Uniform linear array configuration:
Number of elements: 64
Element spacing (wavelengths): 0.25
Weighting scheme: blackman
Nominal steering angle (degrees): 30
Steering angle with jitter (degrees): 30.304
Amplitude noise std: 0.05
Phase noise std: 0.05

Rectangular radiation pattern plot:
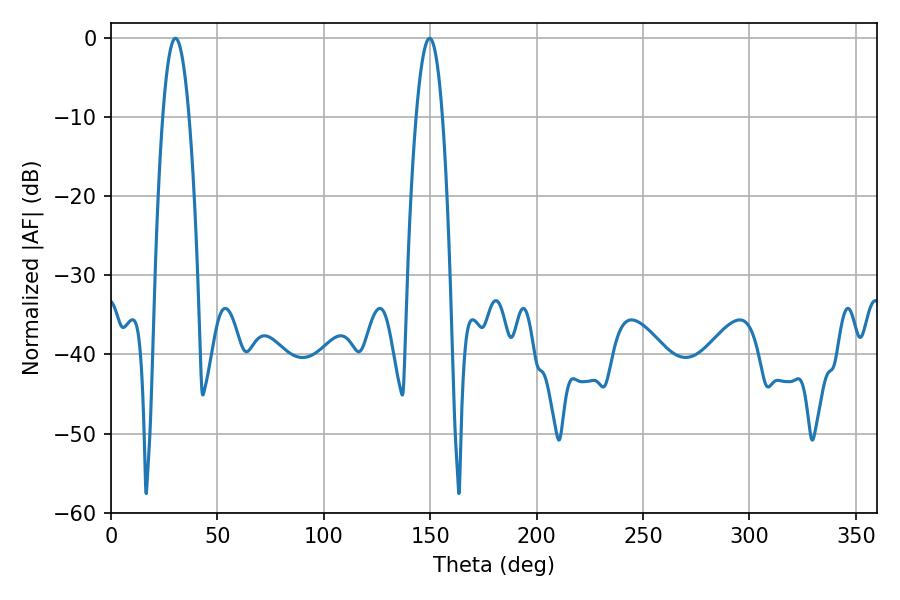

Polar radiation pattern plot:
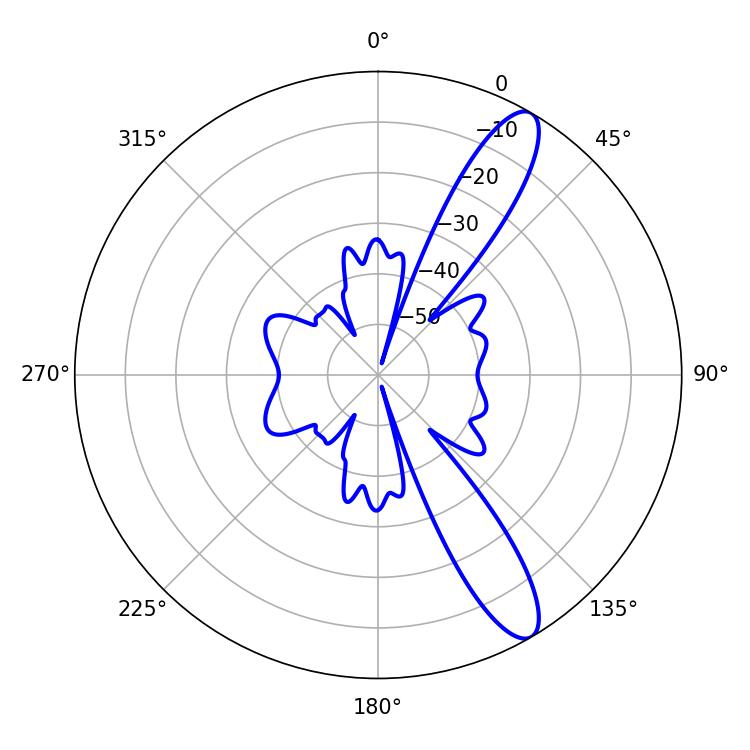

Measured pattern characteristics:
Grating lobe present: FALSE
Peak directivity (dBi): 11.895
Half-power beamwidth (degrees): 6.66
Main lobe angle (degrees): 30.24